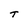
Character: T